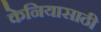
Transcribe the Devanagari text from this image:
केनियासाठी